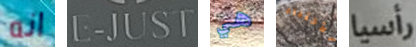
انه E-JUST هي الأختباء رأسيا